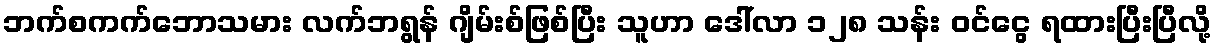
ဘက်စကက်ဘောသမား လက်ဘရွန် ဂျိမ်းစ်ဖြစ်ပြီး သူဟာ ဒေါ်လာ ၁၂၈ သန်း ဝင်ငွေ ရထားပြီးပြီလို့